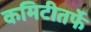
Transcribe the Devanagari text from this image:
कमिटीतर्फे